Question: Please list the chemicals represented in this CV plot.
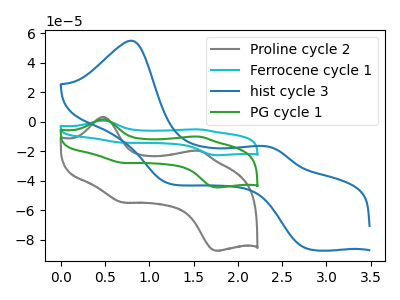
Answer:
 <answer>The gray curve is labeled "Proline cycle 2". The cyan curve is labeled "Ferrocene cycle 1". The blue curve is labeled "hist cycle 3". The green curve is labeled "PG cycle 1".</answer>
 <eval></eval>